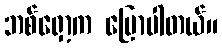
ဘစ်ရှော့က ပြောပါတယ်။